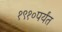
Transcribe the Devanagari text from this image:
१९१०पर्यंत